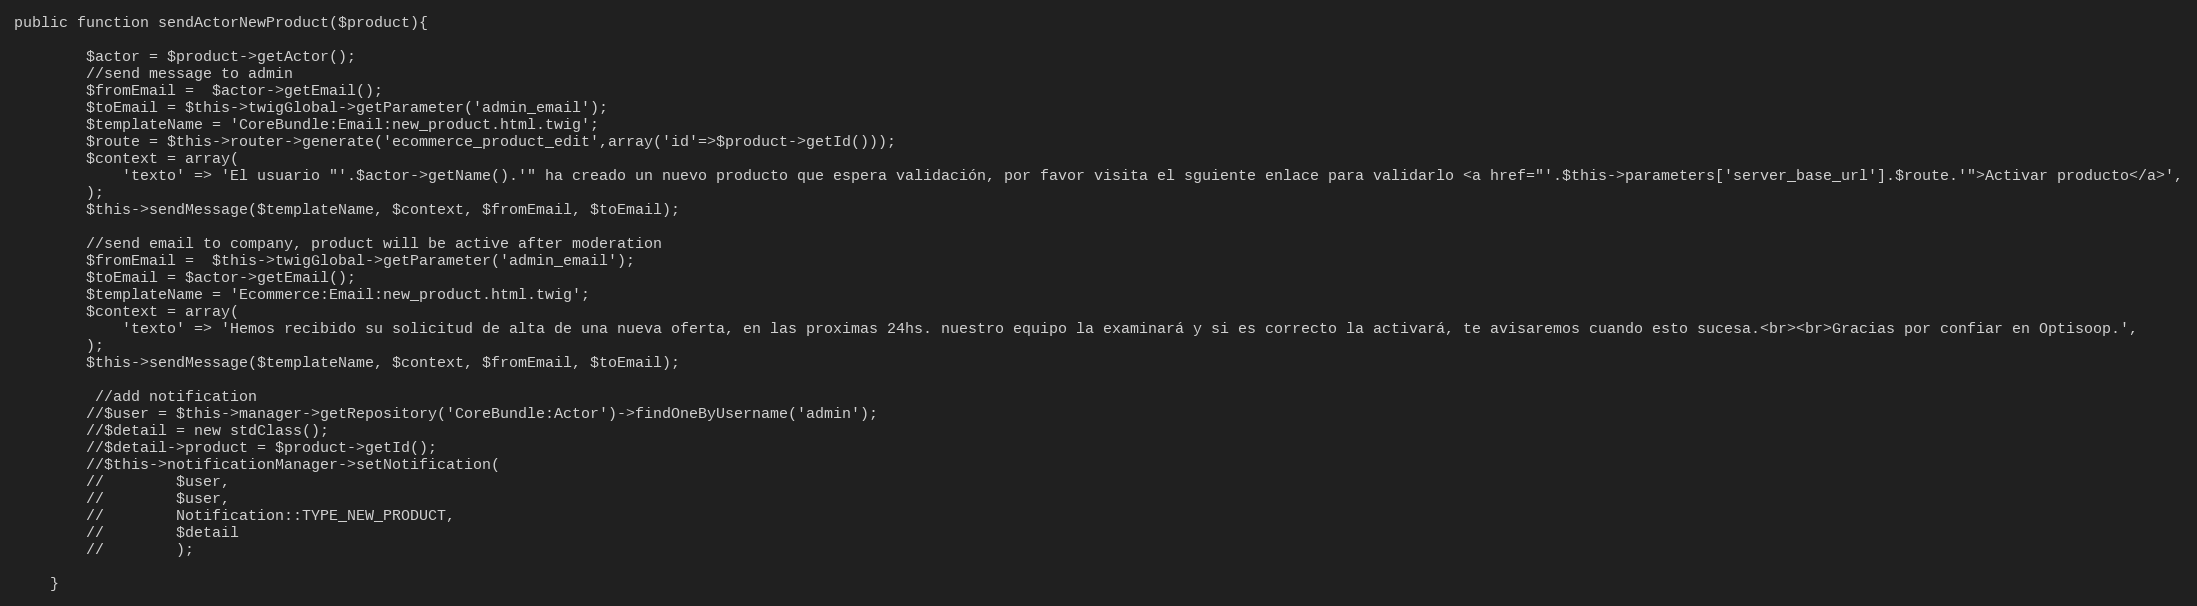
Language: PHP
public function sendActorNewProduct($product){

        $actor = $product->getActor();
        //send message to admin
        $fromEmail =  $actor->getEmail();
        $toEmail = $this->twigGlobal->getParameter('admin_email');
        $templateName = 'CoreBundle:Email:new_product.html.twig';
        $route = $this->router->generate('ecommerce_product_edit',array('id'=>$product->getId()));
        $context = array(
            'texto' => 'El usuario "'.$actor->getName().'" ha creado un nuevo producto que espera validación, por favor visita el sguiente enlace para validarlo <a href="'.$this->parameters['server_base_url'].$route.'">Activar producto</a>',
        );
        $this->sendMessage($templateName, $context, $fromEmail, $toEmail);

        //send email to company, product will be active after moderation
        $fromEmail =  $this->twigGlobal->getParameter('admin_email');
        $toEmail = $actor->getEmail();
        $templateName = 'Ecommerce:Email:new_product.html.twig';
        $context = array(
            'texto' => 'Hemos recibido su solicitud de alta de una nueva oferta, en las proximas 24hs. nuestro equipo la examinará y si es correcto la activará, te avisaremos cuando esto sucesa.<br><br>Gracias por confiar en Optisoop.',
        );
        $this->sendMessage($templateName, $context, $fromEmail, $toEmail);

         //add notification
        //$user = $this->manager->getRepository('CoreBundle:Actor')->findOneByUsername('admin');
        //$detail = new stdClass();
        //$detail->product = $product->getId();
        //$this->notificationManager->setNotification(
        //        $user,
        //        $user,
        //        Notification::TYPE_NEW_PRODUCT,
        //        $detail
        //        );

    }